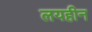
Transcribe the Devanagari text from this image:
लयहीन